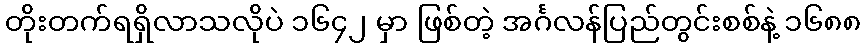
တိုးတက်ရရှိလာသလိုပဲ ၁၆၄၂ မှာ ဖြစ်တဲ့ အင်္ဂလန်ပြည်တွင်းစစ်နဲ့ ၁၆၈၈